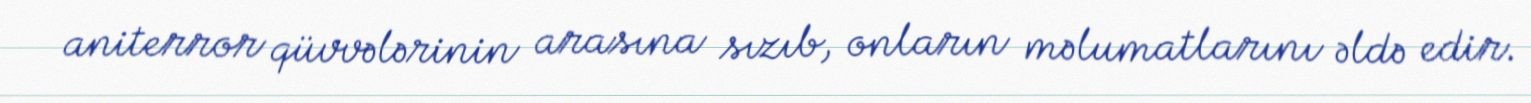
aniterror qüvvələrinin arasına sızıb, onların məlumatlarını əldə edir.